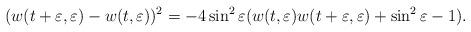
LaTeX: \begin{align*}(w(t+\varepsilon,\varepsilon)-w(t,\varepsilon))^2=-4\sin^2\varepsilon(w(t,\varepsilon)w(t+\varepsilon,\varepsilon)+\sin^2\varepsilon-1).\end{align*}